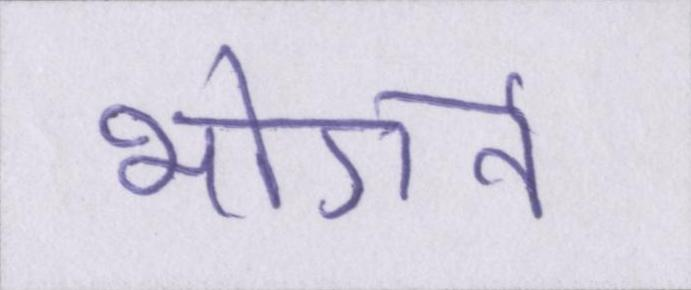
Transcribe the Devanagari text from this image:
भोगने